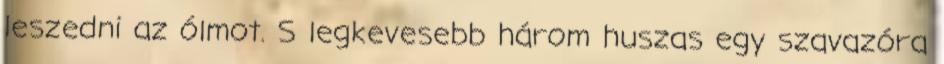
leszedni az ólmot. S legkevesebb három huszas egy szavazóra